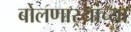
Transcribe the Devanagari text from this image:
बोलणार्‍यांच्या